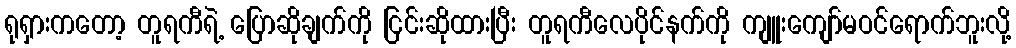
ရုရှားကတော့ တူရကီရဲ့ ပြောဆိုချက်ကို ငြင်းဆိုထားပြီး တူရကီလေပိုင်နက်ကို ကျူးကျော်မဝင်ရောက်ဘူးလို့